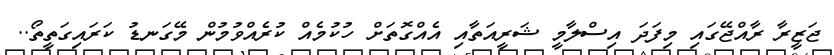
ޖަޒީރާ ރާއްޖޭގައި މިފަދަ އިސްލާމީ ޝަރީއަތާއި އެއްގޮތަށް ހުކުމެއް ކުރެއްވުމުން މޭގަނޑު ކަރައިގަތީތޯ..